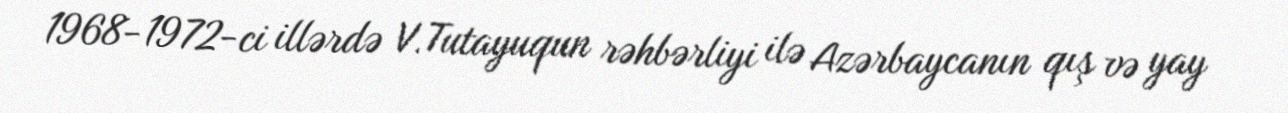
1968-1972-ci illərdə V.Tutayuqun rəhbərliyi ilə Azərbaycanın qış və yay